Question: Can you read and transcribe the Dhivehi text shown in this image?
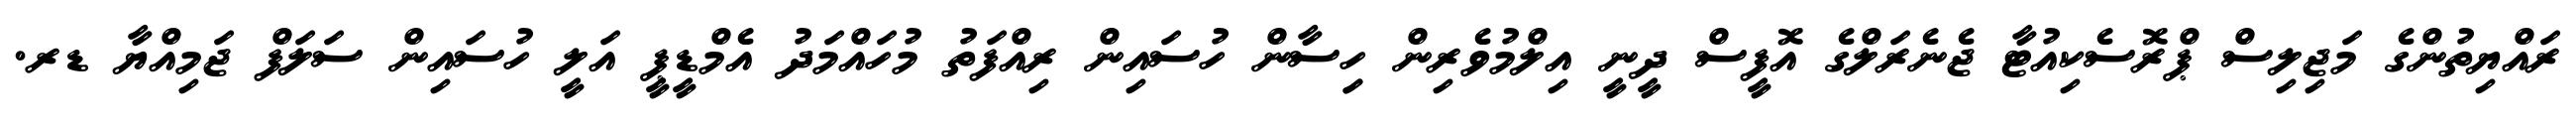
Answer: ރައްޔިތުންގެ މަޖިލިސް ޕްރޮސެކިއުޓާ ޖެނެރަލްގެ އޮފީސް ދީނީ އިލްމުވެރިން ހިިސާން ހުސައިން ރިއްފަތު މުހައްމަދު އެމްޑީޕީ އަލީ ހުސައިން ސަލަފް ޖަމިއްޔާ ޑރ.